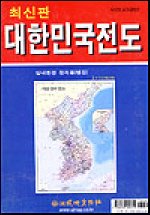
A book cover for Korea Map (In Korean): Folded Map (Included North Korea); SungJi; Travel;